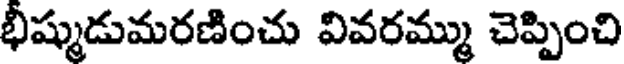
భీష్ముడుమరణించు వివరమ్ము చెప్పించి